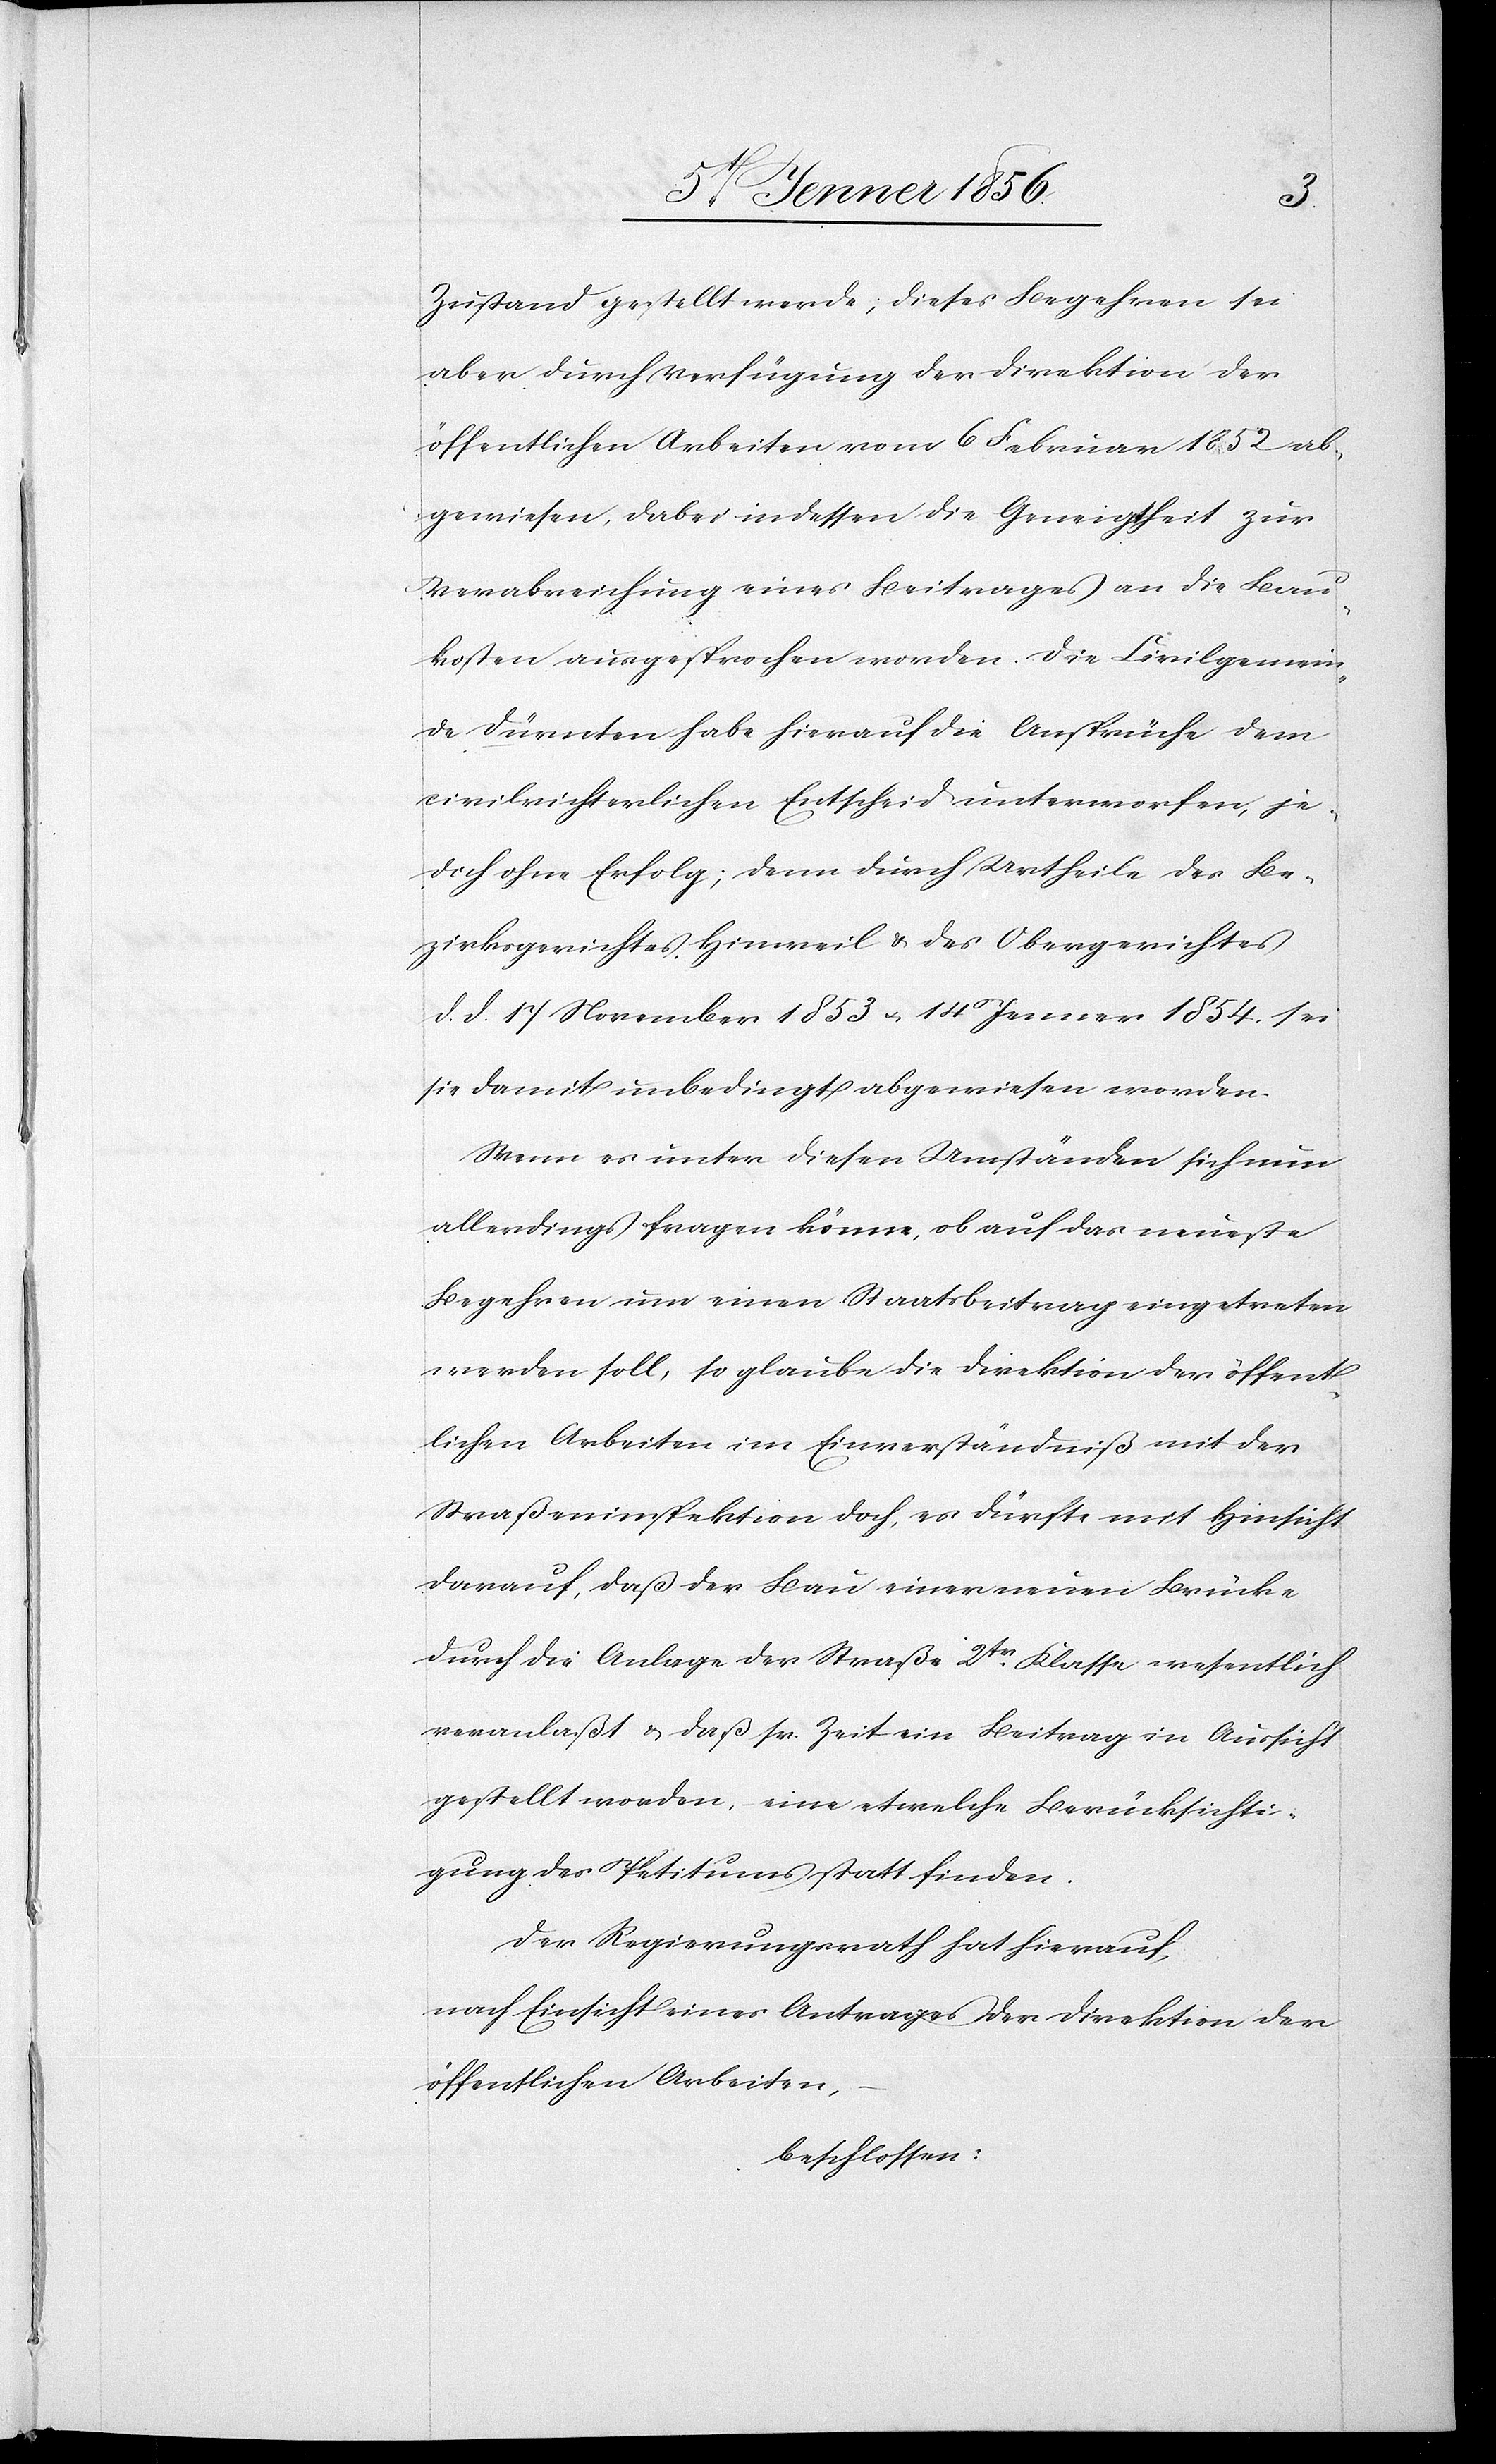
Zustand gestellt werde, dieses Begehren sei
aber durch Verfügung der Direktion der
öffentlichen Arbeiten vom 6 Februar 1852 ab¬
gewiesen, dabei indessen die Geneigtheit zur
Verabreichung eines Beitrages an die Bau¬
kosten ausgesprochen worden. Die Civilgemein¬
de Dürnten habe hierauf die Ansprüche dem
civilrichterlichen Entscheid unterworfen, je¬
doch ohne Erfolg; denn durch Urtheile des Be¬
zirksgerichtes Hinweil u. des Obergerichtes
d. d. 17 November 1853 u. 14 Jenner 1854. sei
sie damit unbedingt abgewiesen worden.
Wenn es unter diesen Umständen sich nun
allerdings fragen könne, ob auf das neueste
Begehren um einen Staatsbeitrag eingetreten
werden soll, so glaube die Direktion der öffent¬
lichen Arbeiten im Einverständniß mit der
Straßeninspektion doch, es dürfte mit Hinsicht
darauf, daß der Bau einer neuen Brücke
durch die Anlage der Straße 2tr. Klasse wesentlich
veranlaßt u. daß sr. Zeit ein Beitrag in Aussicht
gestellt worden, eine etwelche Berücksichti¬
gung des Petitums statt finden.
Der Regierungsrath hat hierauf,
nach Einsicht eines Antrages der Direktion der
öffentlichen Arbeiten,
beschlossen: